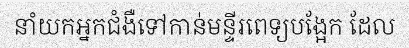
នាំយកអ្នកជំងឺទៅកាន់មន្ទីរពេទ្យបង្អែក ដែល